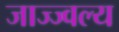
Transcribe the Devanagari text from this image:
जाज्ज्वल्य